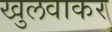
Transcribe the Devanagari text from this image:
खुलवाकर